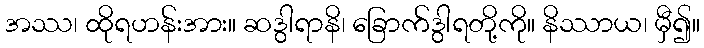
အဿ၊ ထိုရဟန်းအား။ ဆဒွါရာနိ၊ ခြောက်ဒွါရတို့ကို။ နိဿာယ၊ မှီ၍။